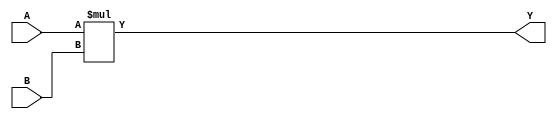
`timescale 1ns / 1ps
//////////////////////////////////////////////////////////////////////////////////
// Company: 
// Engineer: 
// 
// Design Name: 
// Module Name:    Multiplier 
// Project Name: 
// Target Devices: 
// Tool versions: 
// Description: 
//
// Dependencies: 
//
// Revision: 
// Revision 0.01 - File Created
// Additional Comments: 
//
//////////////////////////////////////////////////////////////////////////////////
module Multiplier(Y, A, B);
output [7:0] Y;
input [3:0] A, B;
wire [3:0] d,e;
wire [7:0] f,g,h;

assign Y = A * B;


endmodule